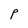
Character: P